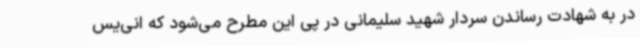
در به شهادت رساندن سردار شهید سلیمانی در پی این مطرح می‌شود که انی‌یس